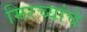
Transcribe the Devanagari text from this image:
मिरच्यांचे